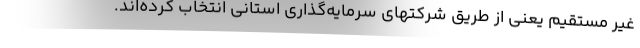
غیر مستقیم یعنی از طریق شرکتهای سرمایه‌گذاری استانی انتخاب کرده‌اند.